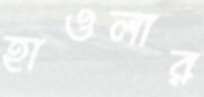
হাওলার